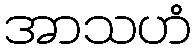
အာသဟံ